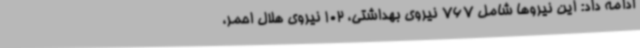
ادامه داد: این نیروها شامل 767 نیروی بهداشتی، 102 نیروی هلال احمر،